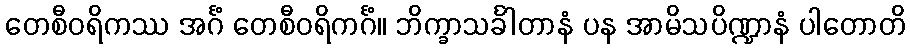
တေစီဝရိကဿ အင်္ဂံ တေစီဝရိကင်္ဂံ။ ဘိက္ခာသင်္ခါတာနံ ပန အာမိသပိဏ္ဍာနံ ပါတောတိ